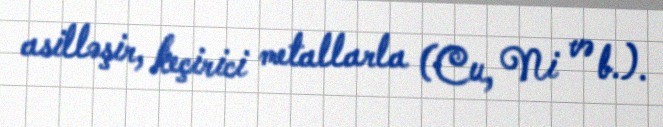
asilləşir, keçirici metallarla (Cu, Ni və b.).